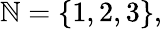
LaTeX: \mathbb{N}=\{ 1,2,3\} ,